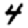
Digit: 4